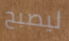
ليصبح